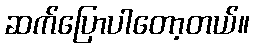
ဆက်ပြောပါတော့တယ်။